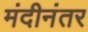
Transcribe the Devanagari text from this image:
मंदीनंतर